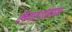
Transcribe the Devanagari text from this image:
लिंगदर्शनाच्च